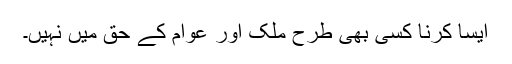
ایسا کرنا کسی بھی طرح ملک اور عوام کے حق میں نہیں۔